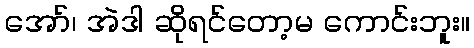
အော်၊ အဲဒါ ဆိုရင်တော့မ ကောင်းဘူး။